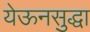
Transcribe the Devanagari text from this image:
येऊनसुद्धा